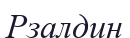
Рзалдин